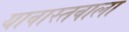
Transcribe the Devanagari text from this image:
यावास्तवाला